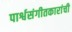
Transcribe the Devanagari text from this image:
पार्श्वसंगीतकारांची